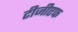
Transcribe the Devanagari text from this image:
टीजीएफ